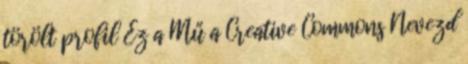
törölt profil Ez a Mű a Creative Commons Nevezd